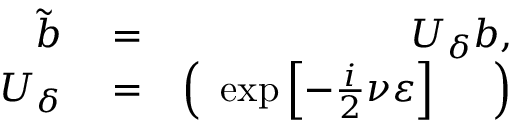
\begin{array} { r l r } { \tilde { b } } & { { } = } & { U _ { \delta } b , } \\ { U _ { \delta } } & { { } = } & { \left( \begin{array} { c c } { \exp \left[ - \frac { i } { 2 } \nu \varepsilon \right] } & { } \end{array} \right) } \end{array}